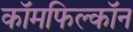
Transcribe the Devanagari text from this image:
कॉमफिल्कॉन